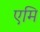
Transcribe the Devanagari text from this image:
एमि